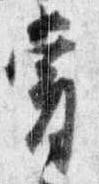
嘗